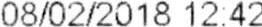
08/02/2018 12:42